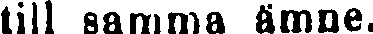
till samma ämne.